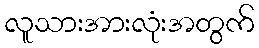
လူသားအားလုံးအတွက်